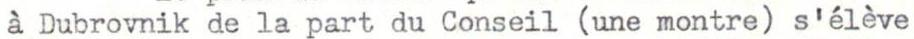
á Dubrovnik de la part du Conseil (une montre) s'élève